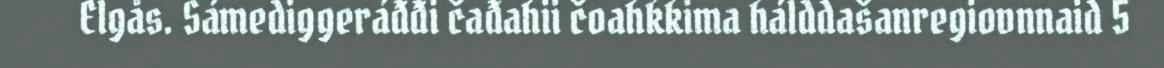
Elgås. Sámediggeráđđi čađahii čoahkkima hálddašanregiovnnaid 5